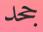
جحد